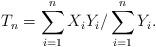
LaTeX: \begin{align*}T_{n}=\sum_{i=1}^{n}X_{i}Y_{i}/\sum_{i=1}^{n}Y_{i}. \end{align*}